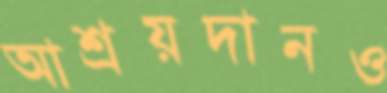
আশ্রয়দানও